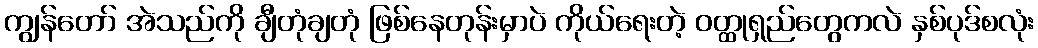
ကျွန်တော် အဲသည်ကို ချီတုံချတုံ ဖြစ်နေတုန်းမှာပဲ ကိုယ်ရေးတဲ့ ဝတ္ထုရှည်တွေကလဲ နှစ်ပုဒ်စလုံး